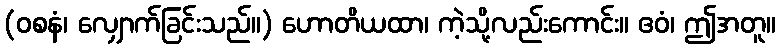
(ဝစနံ၊ လျှောက်ခြင်းသည်။) ဟောတိယထာ၊ ကဲ့သို့လည်းကောင်း။ ဧဝံ၊ ဤအတူ။